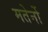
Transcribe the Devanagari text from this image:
मतेर्नो